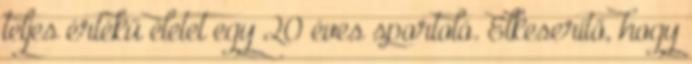
teljes értékű életet egy 20 éves sportoló. Elkeserítő, hogy